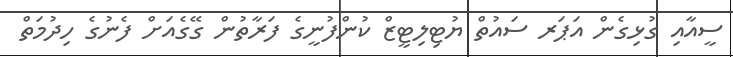
ސީއާއި ގުޅިގެން އަޕަރ ސައުތް ޔުޓިލިޓީޒް ކުންފުނީގެ ފަރާތުން ގޭގެއަށް ފެނުގެ ހިދުމަތް